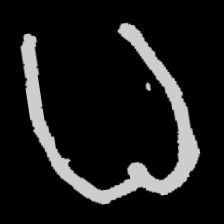
Pyu character \u2014 Myanmar letter: ဓ (romanized: dha)